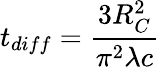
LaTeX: t_{diff}=\frac{3R_{C}^{2}}{\pi^{2}\lambda c}